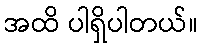
အထိ ပါရှိပါတယ်။